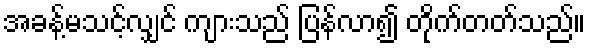
အခန့်မသင့်လျှင် ကျားသည် ပြန်လာ၍ တိုက်တတ်သည်။